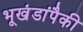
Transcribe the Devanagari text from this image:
भूखंडांपैकी